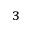
^ 3